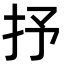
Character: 抒